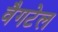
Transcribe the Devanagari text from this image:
वैगटेल